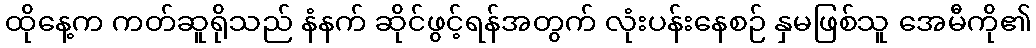
ထိုနေ့က ကတ်ဆူရိုသည် နံနက် ဆိုင်ဖွင့်ရန်အတွက် လုံးပန်းနေစဉ် နှမဖြစ်သူ အေမီကို၏